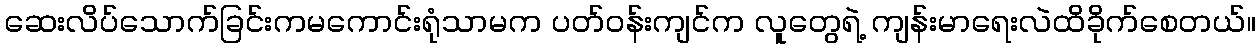
ဆေးလိပ်သောက်ခြင်းကမကောင်းရုံသာမက ပတ်ဝန်းကျင်က လူတွေရဲ့ ကျန်းမာရေးလဲထိခိုက်စေတယ်။